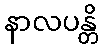
နာလပန္တိ